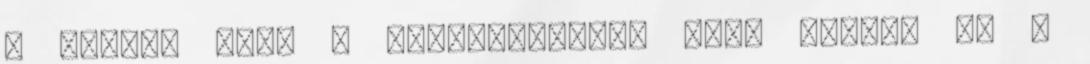
a jogot, hogy a rendelkezésre álló forrás és a